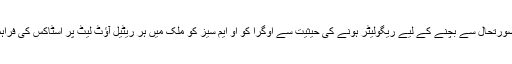
اس میں کہا گیا تھا کہ بحرانی صورتحال سے بچنے کے لیے ریگولیٹر ہونے کی حیثیت سے اوگرا کو او ایم سیز کو ملک میں ہر ریٹیل آؤٹ لیٹ پر اسٹاکس کی فراہمی یقینی بنانے کی ہدایت کرے۔